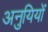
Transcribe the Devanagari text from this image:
अनुयियों